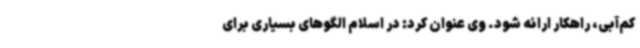
کم‌آبی، راهکار ارائه شود. وی عنوان کرد: در اسلام الگوهای بسیاری برای